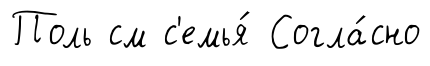
Поль см с'емья́ Согла́сно